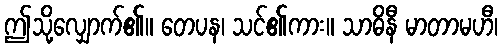
ဤသို့လျှောက်၏။ တေပန၊ သင်၏ကား။ သာဓိနီ မာတာမဟီ၊